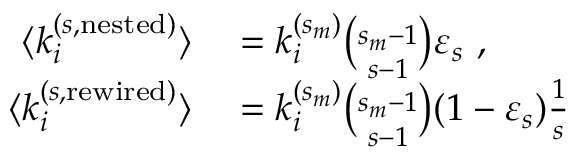
\begin{array} { r l } { \langle k _ { i } ^ { ( s , \mathrm { n e s t e d } ) } \rangle } & { { } = k _ { i } ^ { ( s _ { m } ) } { \binom { s _ { m } - 1 } { s - 1 } } \varepsilon _ { s } ~ , } \\ { \langle k _ { i } ^ { ( s , \mathrm { r e w i r e d } ) } \rangle } & { { } = k _ { i } ^ { ( s _ { m } ) } { \binom { s _ { m } - 1 } { s - 1 } } ( 1 - \varepsilon _ { s } ) \frac { 1 } { s } } \end{array}